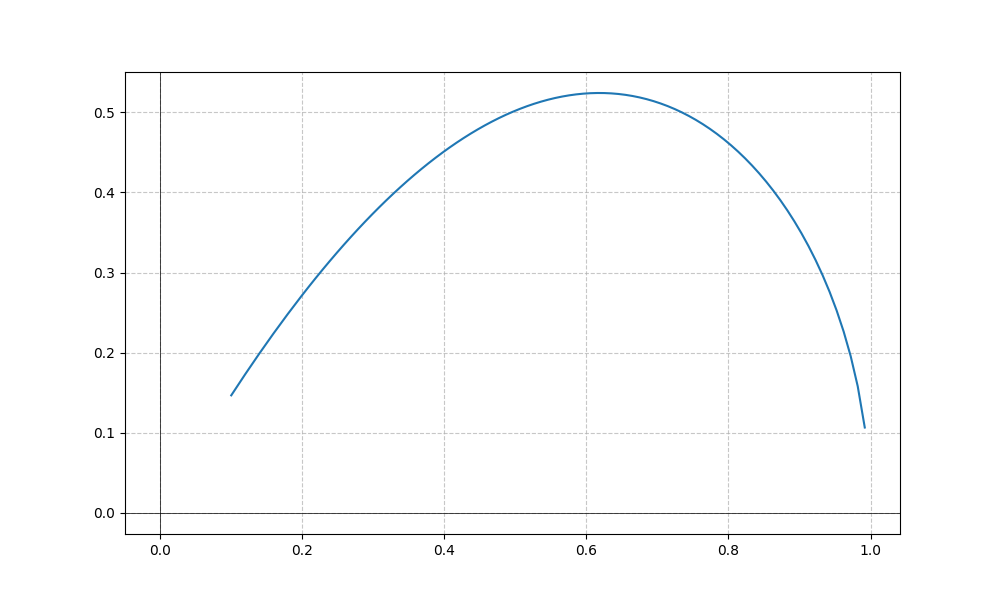
LaTeX formula: \sin{\left(x \right)} \operatorname{acos}{\left(x \right)}